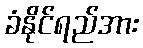
ခံနိုင်ရည်အား